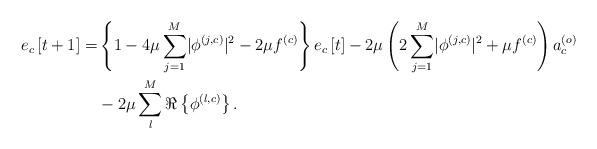
\begin{align*} e_c\left[t+1\right]=&\left\{1-4\mu\sum_{j=1}^{M}\lvert\phi^{\left(j,c\right)}\rvert^2-2\mu f^{\left(c\right)}\vphantom{\sum_{j=1}^{M}}\right\}e_c\left[t\right]-2\mu\left(2\sum_{j=1}^{M}\lvert\phi^{\left(j,c\right)}\rvert^2+\mu f^{\left(c\right)}\right)a_c^{\left(o\right)}\\ &-2\mu\sum_{l}^{M}\Re\left\{\phi^{\left(l,c\right)}\right\}.\end{align*}